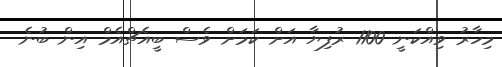
މިހާރު ވިއްކަނީ 1100 ރުފިޔާ އަށް ކަމަށް ވެސް ބީއެޗްއެމް އިން ބުނެ